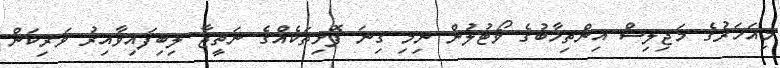
މިއަހަރުގެ މަޖިލިސް އިންތިހާބުގެ ވޯޓުލުން ނިމި ގިނަ ފޮށިތަކެއްގެ ނަތީޖާ ލިބިފައިވާއިރު ވަރިކަން